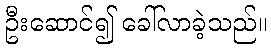
ဦးဆောင်၍ ခေါ်လာခဲ့သည်။